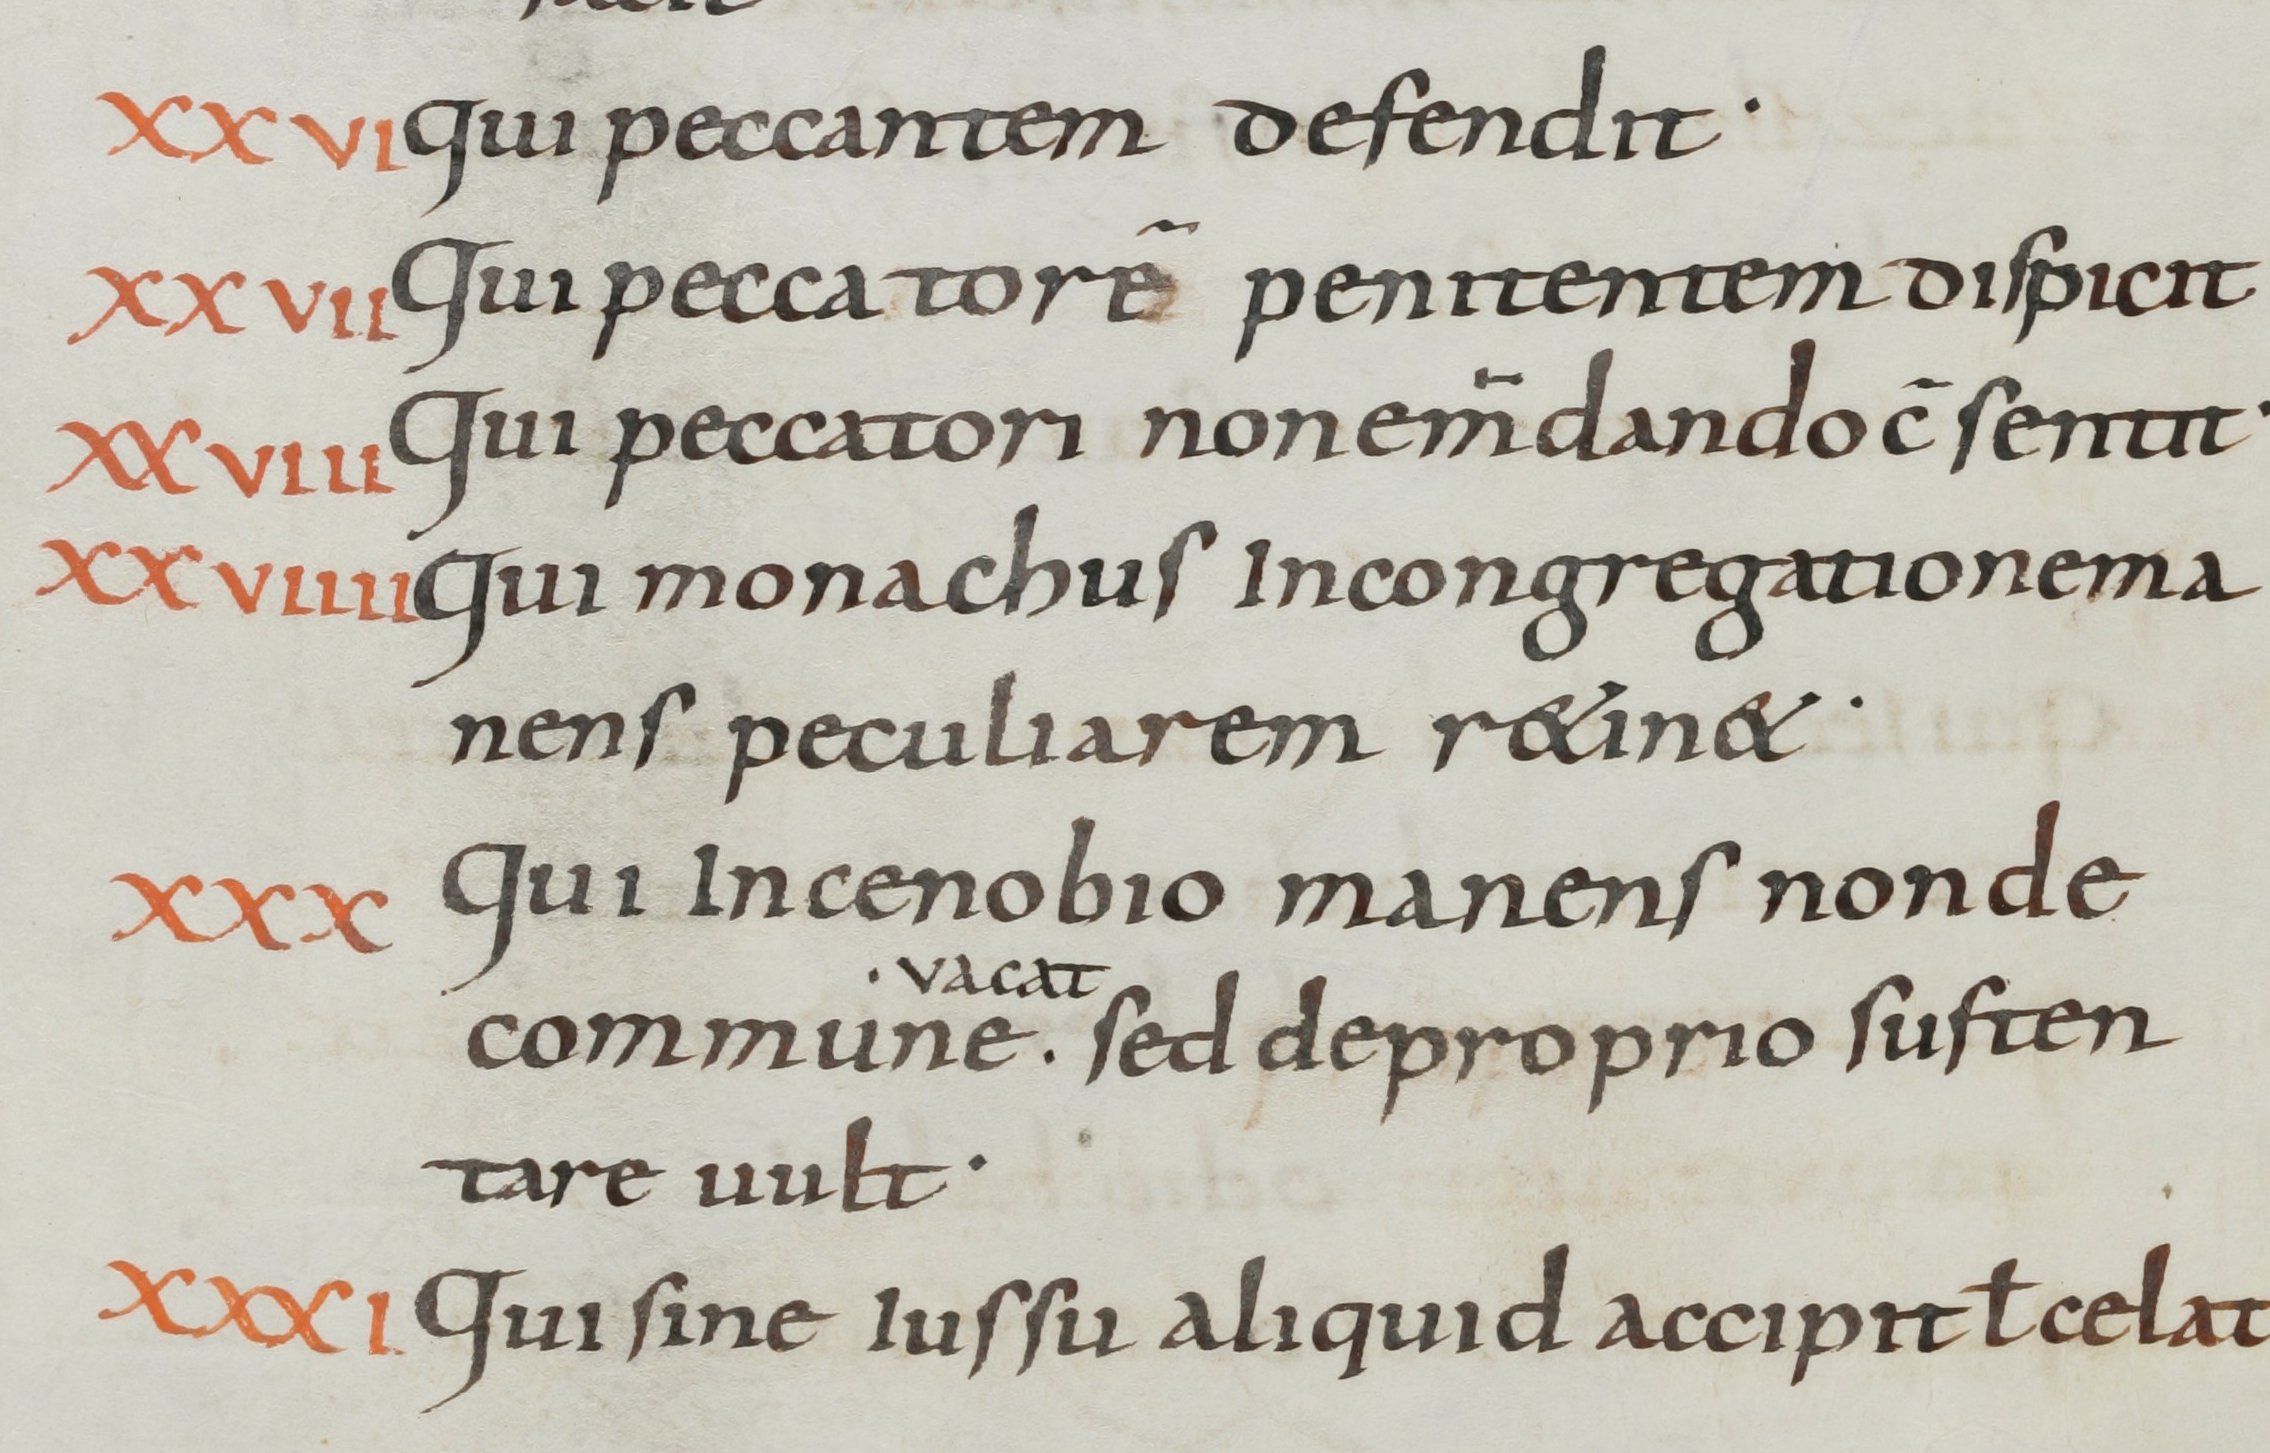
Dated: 800–899